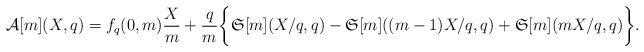
\begin{align*}\mathcal{A}[m](X,q)=f_q(0,m)\frac{X}{m}+\frac{q}{m}\bigg\{\mathfrak{S}[m](X/q,q)-\mathfrak{S}[m]((m-1)X/q,q)+\mathfrak{S}[m](mX/q,q)\bigg\}.\end{align*}